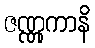
ဇဏ္ဏုကာနိ